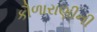
કૌળારાણીની